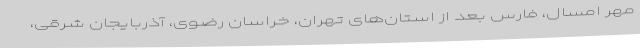
مهر امسال، فارس بعد از استان‌های تهران، خراسان رضوی، آذربایجان شرقی،